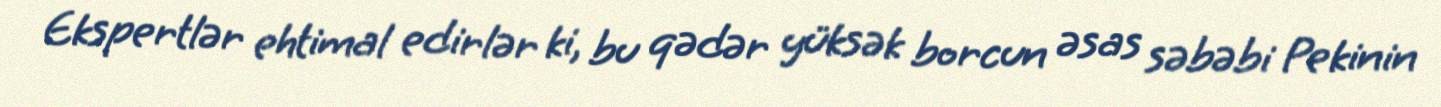
Ekspertlər ehtimal edirlər ki, bu qədər yüksək borcun əsas səbəbi Pekinin